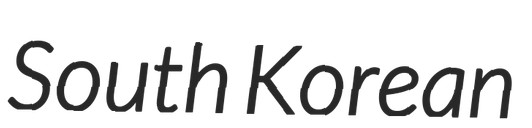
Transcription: South Korean